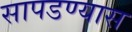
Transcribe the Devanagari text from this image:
सापडण्यास